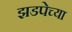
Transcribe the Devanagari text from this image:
झडपेच्या